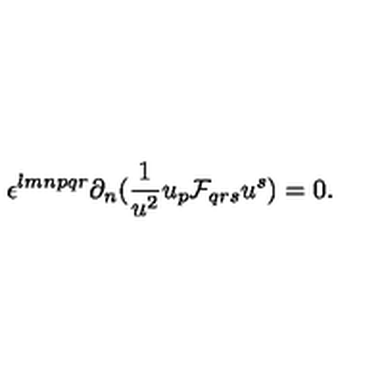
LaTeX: \epsilon ^ { l m n p q r } \partial _ { n } ( { \frac { 1 } { u ^ { 2 } } } u _ { p } { \cal F } _ { q r s } u ^ { s } ) = 0 .